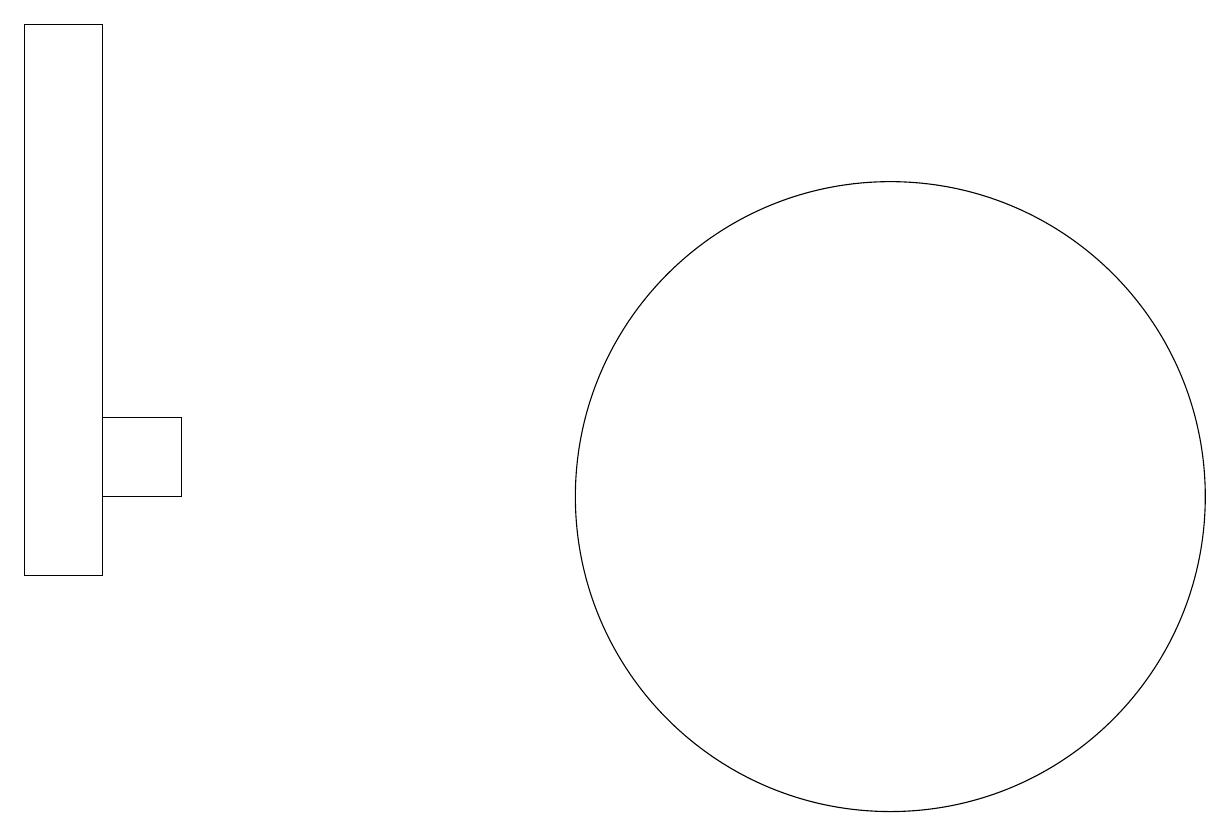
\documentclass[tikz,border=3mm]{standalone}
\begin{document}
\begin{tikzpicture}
\draw (0,10) rectangle (1,17);
\draw (1,11) rectangle (2,12);
\draw (11,11) circle (4);
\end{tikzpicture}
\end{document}